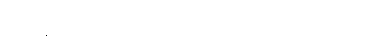
တစ်ချိန်တည်းမှာ စိတ်ဓာတ် ကြံ့ခိုင်စေချင်တယ်။